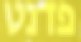
פדנט